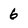
Character: 6